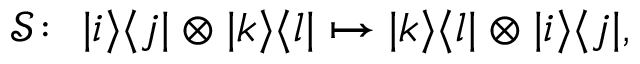
\mathcal { S } \! : \, \, | i \rangle \langle j | \otimes | k \rangle \langle l | \mapsto | k \rangle \langle l | \otimes | i \rangle \langle j | ,